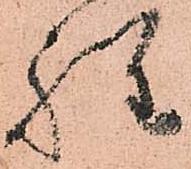
程